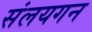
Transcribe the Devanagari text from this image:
संलयगन